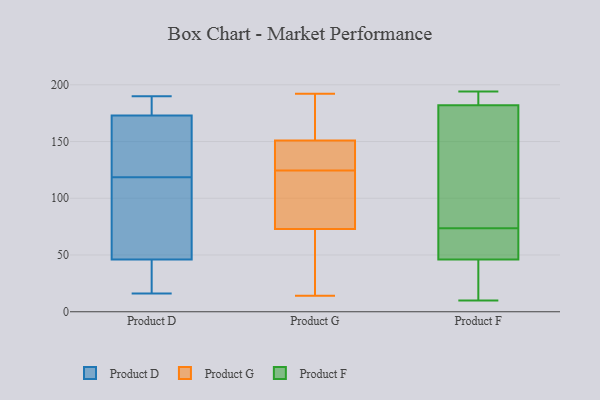
{"axis": {"x": "LTV (USD)", "y": "Value"}, "legend": ["Product D", "Product F", "Product G"], "data": [{"x": "", "y": 33, "type": "Product D"}, {"x": "", "y": 190, "type": "Product D"}, {"x": "", "y": 111, "type": "Product D"}, {"x": "", "y": 126, "type": "Product D"}, {"x": "", "y": 139, "type": "Product D"}, {"x": "", "y": 179, "type": "Product D"}, {"x": "", "y": 46, "type": "Product D"}, {"x": "", "y": 41, "type": "Product D"}, {"x": "", "y": 175, "type": "Product D"}, {"x": "", "y": 94, "type": "Product D"}, {"x": "", "y": 16, "type": "Product D"}, {"x": "", "y": 95, "type": "Product D"}, {"x": "", "y": 146, "type": "Product D"}, {"x": "", "y": 173, "type": "Product D"}, {"x": "", "y": 133, "type": "Product G"}, {"x": "", "y": 192, "type": "Product G"}, {"x": "", "y": 151, "type": "Product G"}, {"x": "", "y": 49, "type": "Product G"}, {"x": "", "y": 98, "type": "Product G"}, {"x": "", "y": 24, "type": "Product G"}, {"x": "", "y": 162, "type": "Product G"}, {"x": "", "y": 136, "type": "Product G"}, {"x": "", "y": 14, "type": "Product G"}, {"x": "", "y": 181, "type": "Product G"}, {"x": "", "y": 73, "type": "Product G"}, {"x": "", "y": 87, "type": "Product G"}, {"x": "", "y": 127, "type": "Product G"}, {"x": "", "y": 122, "type": "Product G"}, {"x": "", "y": 93, "type": "Product F"}, {"x": "", "y": 53, "type": "Product F"}, {"x": "", "y": 10, "type": "Product F"}, {"x": "", "y": 54, "type": "Product F"}, {"x": "", "y": 184, "type": "Product F"}, {"x": "", "y": 22, "type": "Product F"}, {"x": "", "y": 147, "type": "Product F"}, {"x": "", "y": 194, "type": "Product F"}, {"x": "", "y": 182, "type": "Product F"}, {"x": "", "y": 46, "type": "Product F"}]}